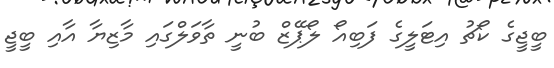
ބީޖީގެ ކޯޗު އިޓަލީގެ ފަބިއޯ ލޯޕޭޒް ބުނީ ތާވަލްގައި މާޒިޔާ އާއި ބީޖީ